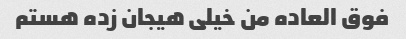
فوق العاده من خیلی هیجان زده هستم